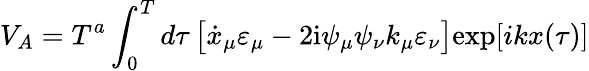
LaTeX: V_{A}=T^{a}\int_{0}^{T}d\tau\, \bigl[\dot{x}_{\mu}\varepsilon_{\mu}-2\mathrm{i}\psi_{\mu}\psi_{\nu}k_{\mu}\varepsilon_{\nu}\bigr]\mathrm{exp}[ikx({\tau})]